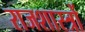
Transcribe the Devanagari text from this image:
राजशास्त्रों